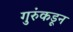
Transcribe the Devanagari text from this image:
गुरुंकडून